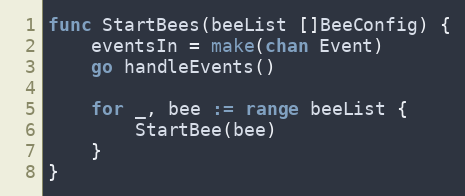
Language: Go
func StartBees(beeList []BeeConfig) {
	eventsIn = make(chan Event)
	go handleEvents()

	for _, bee := range beeList {
		StartBee(bee)
	}
}